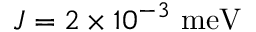
J = 2 \times 1 0 ^ { - 3 } ~ \mathrm { m e V }